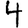
Digit: 4